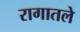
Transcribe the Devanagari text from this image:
रागातले